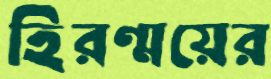
হিরণ্ময়ের